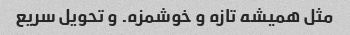
مثل همیشه تازه و خوشمزه. و تحویل سریع